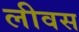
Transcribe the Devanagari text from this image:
लीवस